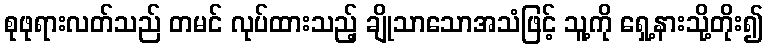
စုဖုရားလတ်သည် တမင် လုပ်ထားသည့် ချိုသာသောအသံဖြင့် သူ့ကို ရှေ့နားသို့တိုး၍